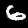
Label: 6